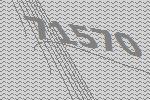
71570